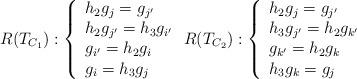
LaTeX: \begin{align*}R(T_{C_1}):\left\{\begin{array}{l}h_2g_j=g_{j'}\\h_2g_{j'}=h_3g_{i'}\\g_{i'}=h_2g_{i}\\g_{i}=h_3g_j\\\end{array} \right.R(T_{C_2}):\left\{\begin{array}{l}h_2g_j=g_{j'}\\h_3g_{j'}=h_2g_{k'}\\g_{k'}=h_2g_{k}\\h_3g_{k}=g_j\\\end{array} \right.\end{align*}